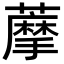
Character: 藦